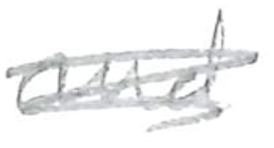
Text: and
Cross-out: scratch
Writing tool: pencil